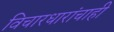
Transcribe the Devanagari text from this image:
विचारधारांचाही